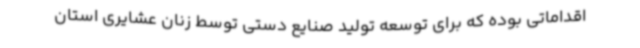
اقداماتی بوده که برای توسعه تولید صنایع دستی توسط زنان عشایری استان